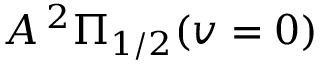
A \, ^ { 2 } \Pi _ { 1 / 2 } ( v = 0 )